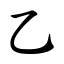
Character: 乙